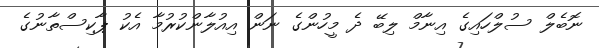
ނޮބެލް ސުލްހައިގެ އިނާމް ލިބޭ ދެ މީހުންގެ ނަން އިއުލާންކުރުމާ އެކު ޕާކިސްތާނުގެ